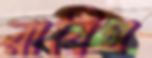
রাবিগ